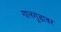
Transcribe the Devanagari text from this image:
गालगुंडावर